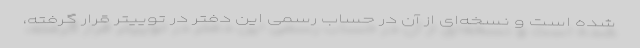
شده است و نسخه‌ای از آن در حساب رسمی این دفتر در توییتر قرار گرفته،